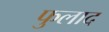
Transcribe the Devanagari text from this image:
फुलाद